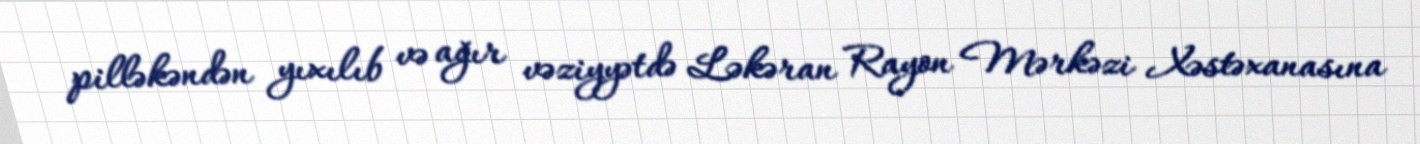
pilləkəndən yıxılıb və ağır vəziyyətdə Ləkəran Rayon Mərkəzi Xəstəxanasına